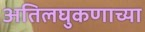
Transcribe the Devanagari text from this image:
अतिलघुकणाच्या